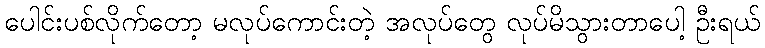
ပေါင်းပစ်လိုက်တော့ မလုပ်ကောင်းတဲ့ အလုပ်တွေ လုပ်မိသွားတာပေါ့ ဦးရယ်